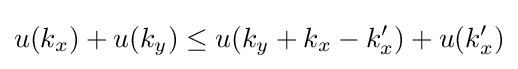
u(k_{x})+u(k_{y})\leq u(k_{y}+k_{x}-k_{x}')+u(k_{x}')